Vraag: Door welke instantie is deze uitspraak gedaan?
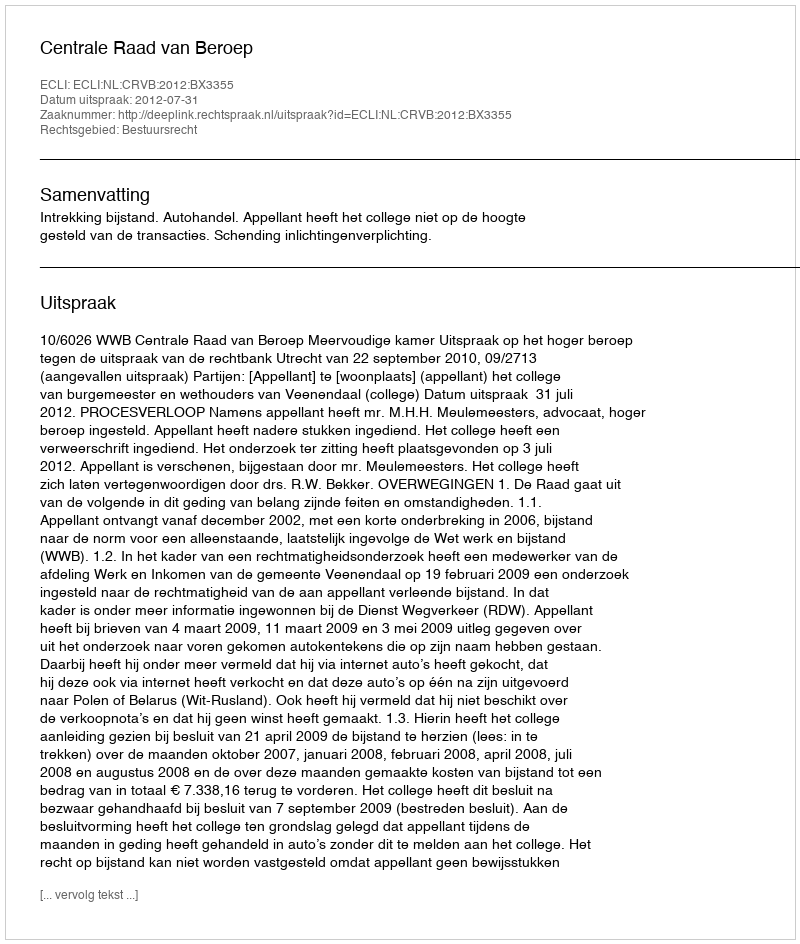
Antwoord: Centrale Raad van Beroep